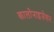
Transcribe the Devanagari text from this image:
कालोनाइजेशन